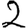
Digit: 2